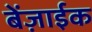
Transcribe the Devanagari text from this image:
बेंज़ाईक